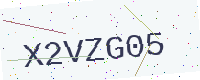
Text: X2VZG05